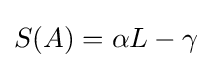
S(A)=\alpha L-\gamma